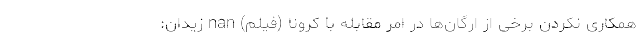
همکاری نکردن برخی از ارگان‌ها در امر مقابله با کرونا (فیلم) nan زیدان: